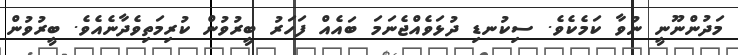
މަދުންނޫނީ ނުވާ ކަމެކެވެ. ސިކުނޑި ދުޅަވެއްޖެނަމަ ބައެއް ފަަހަރު ބީރުވުން ކުރިމަތިވެދާނެއެވެ. ބީރުވުން